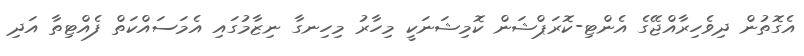
އެގޮތުން ދިވެހިރާއްޖޭގެ އެންޓި-ކޮރަޕްޝަން ކޮމިޝަނަކީ މިހާރު މިހިނގާ ނިޒާމުގައި އެމަސައްކަތް ފެއްޓިތާ އަދި